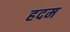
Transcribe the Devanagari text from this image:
हदम